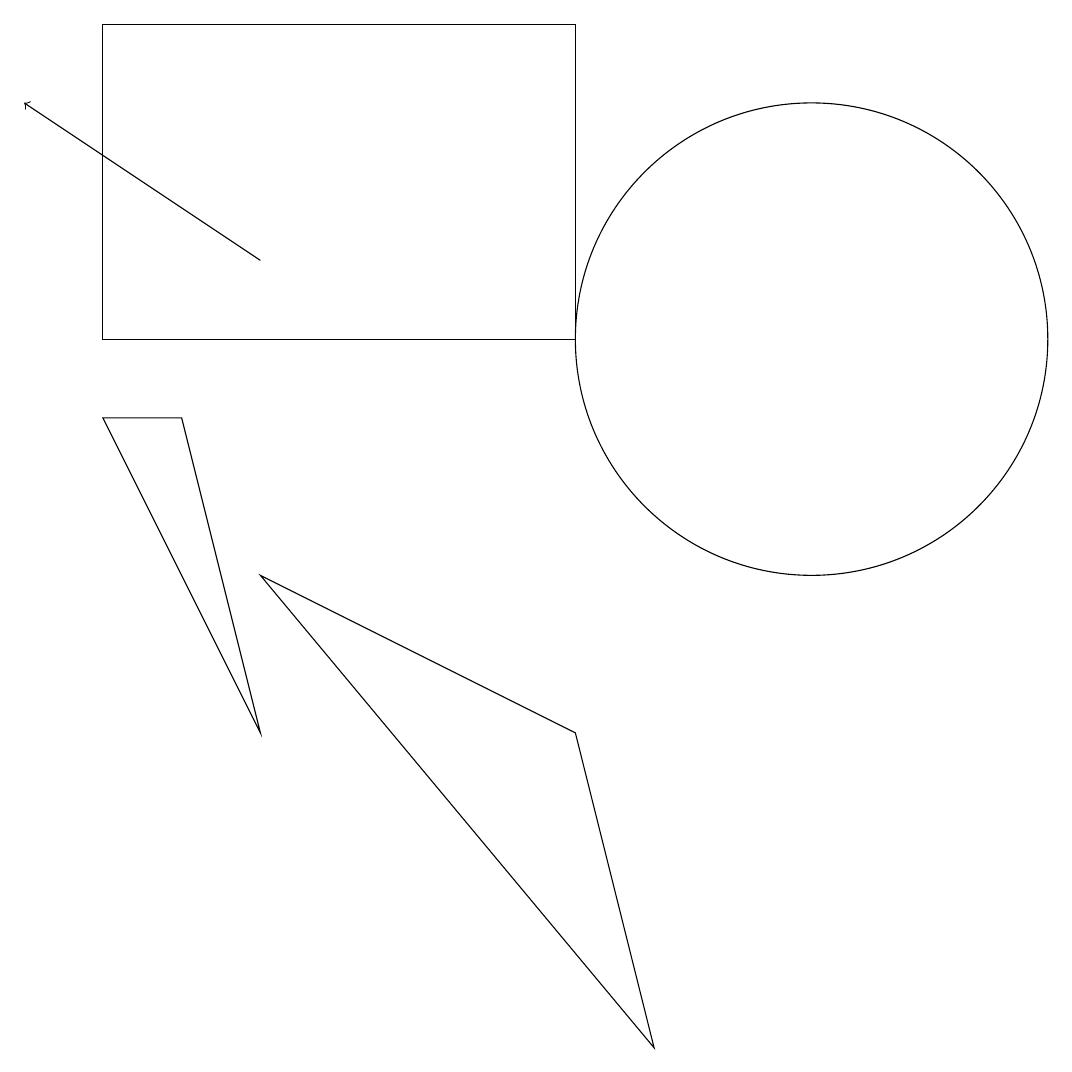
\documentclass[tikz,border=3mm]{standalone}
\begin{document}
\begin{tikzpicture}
\draw (2,9) -- (1,9) -- (3,5) -- cycle;
\draw (10,10) circle (3);
\draw[->] (3,11) -- (0,13);
\draw (3,7) -- (8,1) -- (7,5) -- cycle;
\draw (1,14) rectangle (7,10);
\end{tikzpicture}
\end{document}